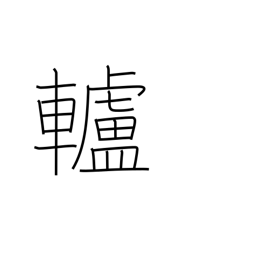
Meaning: pulley